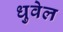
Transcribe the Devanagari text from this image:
धुवेल